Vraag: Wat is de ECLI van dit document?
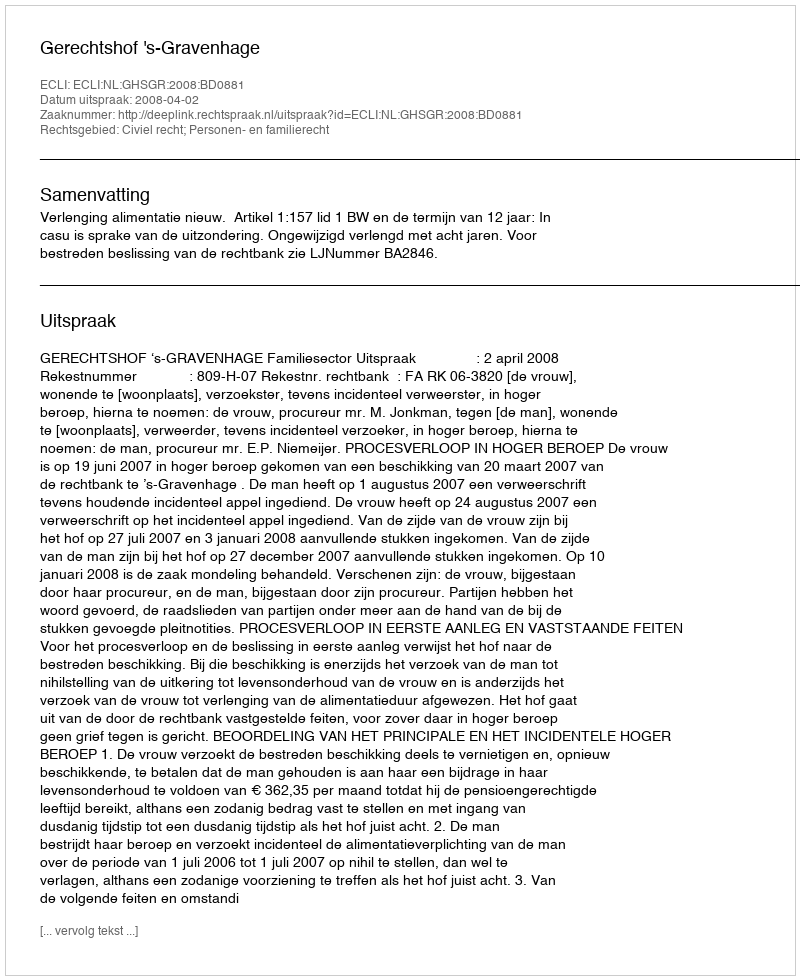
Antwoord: ECLI:NL:GHSGR:2008:BD0881